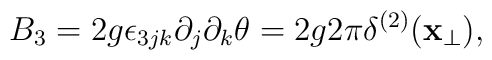
B_3=2g\epsilon _{3jk}\partial _j\partial _k\theta=2g2\pi \delta ^{(2)}({\bf x}_{\bot }),